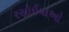
રસોઈયાઓ